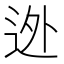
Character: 迯